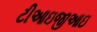
ટીઆઇજીઆઇ